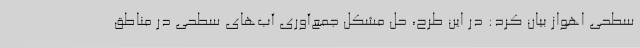
سطحی اهواز بیان کرد: در این طرح، حل مشکل جمع‌آوری آب‌های سطحی در مناطق